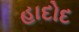
હાદોદ